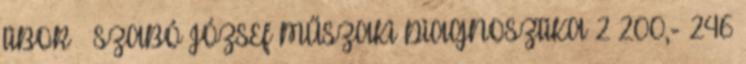
TIBOR – SZABÓ JÓZSEF MŰSZAKI DIAGNOSZTIKA 2 200,- 246